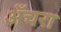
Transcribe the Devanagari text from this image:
अँचरा